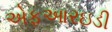
એફઆરઇડી